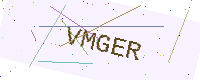
Text: VMGER